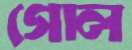
গোল